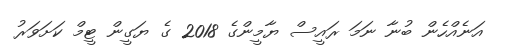
އަނެއްހެން ބުނާ ނަމަ ރައީސް ޔާމީންގެ 2018 ގެ ޔަގީން ޓީމް ކަށަވަރު